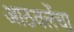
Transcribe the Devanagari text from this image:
आठवलेंचा